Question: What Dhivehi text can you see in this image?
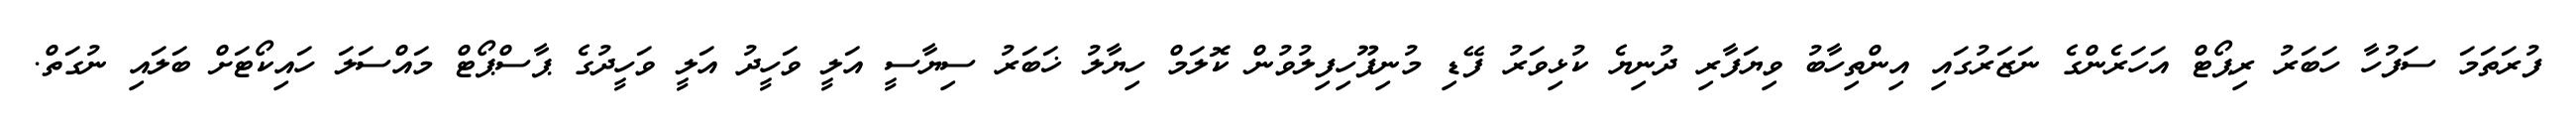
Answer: ފުރަތަމަ ސަފުހާ ހަބަރު ރިޕޯޓް އަހަރެންގެ ނަޒަރުގައި އިންތިހާބު ވިޔަފާރި ދުނިޔެ ކުޅިވަރު ފޭޑި މުނިފޫހިފިލުވުން ކޮލަމް ހިޔާލު ޚަބަރު ސިޔާސީ އަލީ ވަހީދު އަލީ ވަހީދުގެ ޕާސްޕޯޓް މައްސަލަ ހައިކޯޓަށް ބަލައި ނުގަތް.